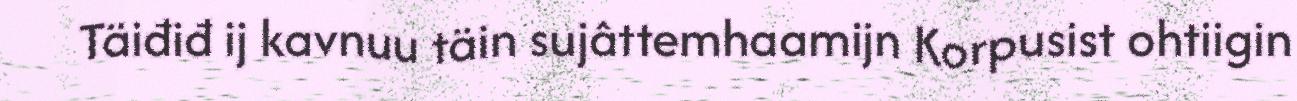
Täiđiđ ij kavnuu täin sujâttemhaamijn Korpusist ohtiigin